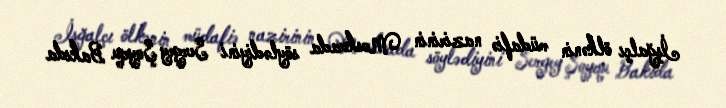
İşğalçı ölkənin müdafiə nazirinin Moskvada söylədiyini Sergey Şoyqu Bakıda